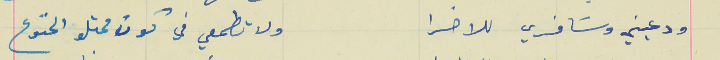
ودعيني وسَافري للاخرا                                      ولا تطمعي في كون محتلو الخنوع